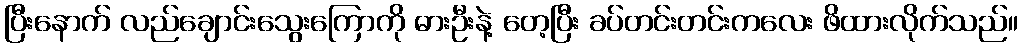
ပြီးနောက် လည်ချောင်းသွေးကြောကို ဓားဦးနဲ့ တေ့ပြီး ခပ်တင်းတင်းကလေး ဖိထားလိုက်သည်။